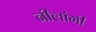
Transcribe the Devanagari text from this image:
नीलांगी